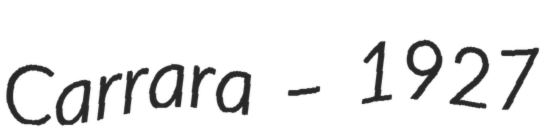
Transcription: Carrara – 1927